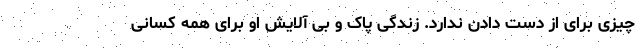
چیزی برای از دست دادن ندارد. زندگی پاک و بی آلایش او برای همه کسانی